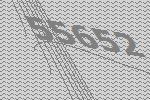
55652